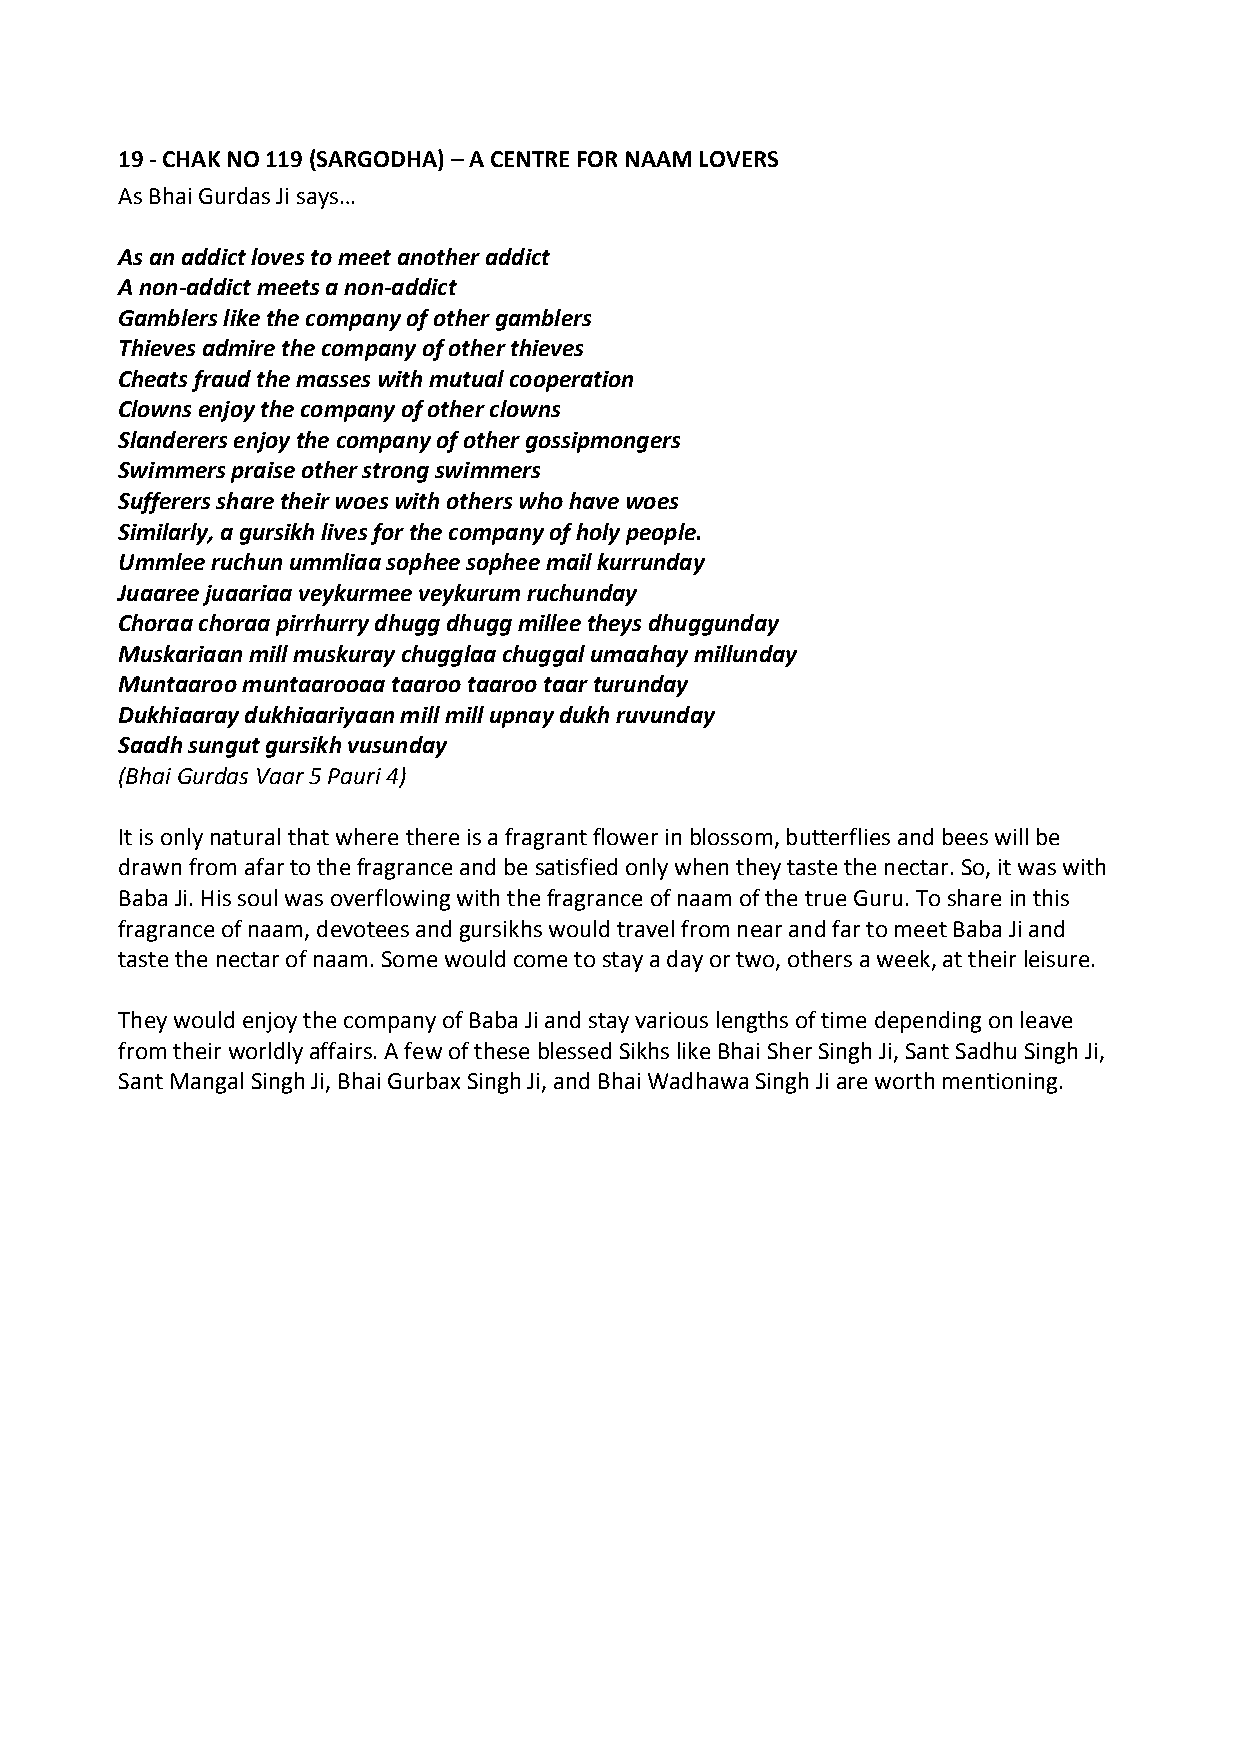
19 ‐ CHAK NO 119 (SARGODHA) – A CENTRE FOR NAAM LOVERS
 As Bhai Gurdas Ji says…
 As an addict loves to meet another addict
 A non‐addict meets a non‐addict
 Gamblers like the company of other gamblers
 Thieves admire the company of other thieves
 Cheats fraud the masses with mutual cooperation
 Clowns enjoy the company of other clowns
 Slanderers enjoy the company of other gossipmongers
 Swimmers praise other strong swimmers
 Sufferers share their woes with others who have woes
 Similarly, a gursikh lives for the company of holy people.
 Ummlee ruchun ummliaa sophee sophee mail kurrunday
 Juaaree juaariaa veykurmee veykurum ruchunday
 Choraa choraa pirrhurry dhugg dhugg millee theys dhuggunday
 Muskariaan mill muskuray chugglaa chuggal umaahay millunday
 Muntaaroo muntaarooaa taaroo taaroo taar turunday
 Dukhiaaray dukhiaariyaan mill mill upnay dukh ruvunday
 Saadh sungut gursikh vusunday
 (Bhai Gurdas Vaar 5 Pauri 4)
 It is only natural that where there is a fragrant flower in blossom, butterflies and bees will be
 drawn from afar to the fragrance and be satisfied only when they taste the nectar. So, it was with
 Baba Ji. His soul was overflowing with the fragrance of naam of the true Guru. To share in this
 fragrance of naam, devotees and gursikhs would travel from near and far to meet Baba Ji and
 taste the nectar of naam. Some would come to stay a day or two, others a week, at their leisure.
 They would enjoy the company of Baba Ji and stay various lengths of time depending on leave
 from their worldly affairs. A few of these blessed Sikhs like Bhai Sher Singh Ji, Sant Sadhu Singh Ji,
 Sant Mangal Singh Ji, Bhai Gurbax Singh Ji, and Bhai Wadhawa Singh Ji are worth mentioning.